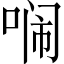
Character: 𭈥